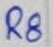
Text: R8